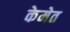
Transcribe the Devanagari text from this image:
केमेत